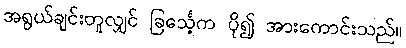
အရွယ်ချင်းတူလျှင် ခြင်္သေ့က ပို၍ အားကောင်းသည်။